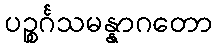
ပဉ္စင်္ဂသမန္နာဂတော